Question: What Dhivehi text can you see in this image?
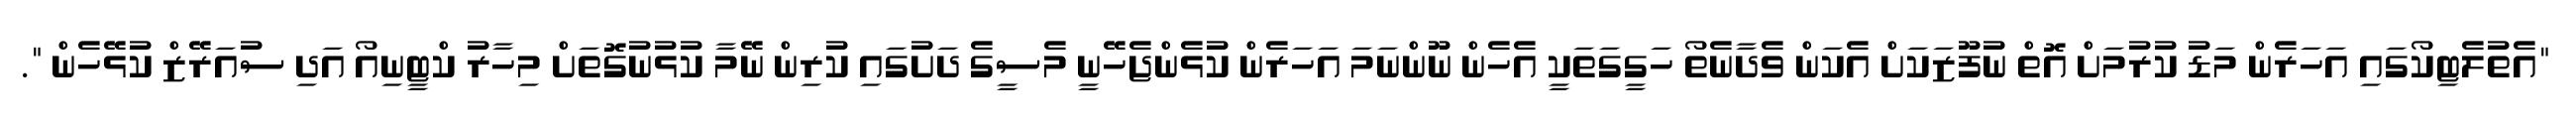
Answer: "އެތުލެޓިކޯގައި އަހަރެން މަޑު ކުރުމަށް އޮތް ނުފޫޒަކަށް އެކަން ވެދާނެތޯ ހަގީގަތަކީ އެހެން ނޫންނަމަ އަހަރެން ކުޅެންޖެހޭނީ މެސީގެ ދަށުގައި ކުރިން ނޭމާ ކުޅުނުގޮތަށް މިހާރު ކްޓީނިއޯ އަދި ސުއަރޭޒް ކުޅޭހެން ".